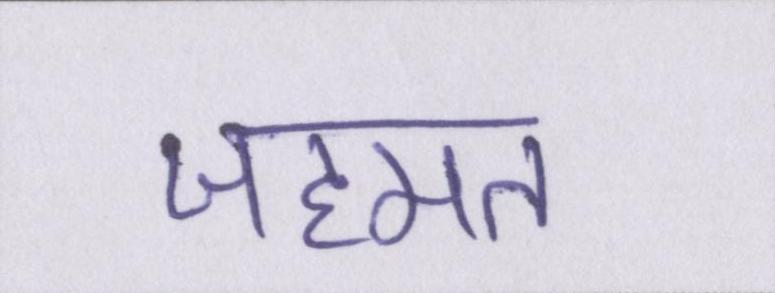
जहमत